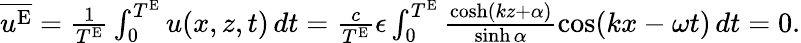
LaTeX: \begin{array}{r}{\overline{{u^{\textnormal{E}}}}=\frac{1}{T^{\textnormal{E}}}\int_{0}^{T^{\textnormal{E}}}u(x,z,t)\, dt=\frac{c}{T^{\textnormal{E}}}\epsilon\int_{0}^{T^{\textnormal{E}}}\frac{\cosh(kz+{\alpha})}{\sinh{\alpha}}\cos(kx-\omega t)\, dt=0.}\end{array}